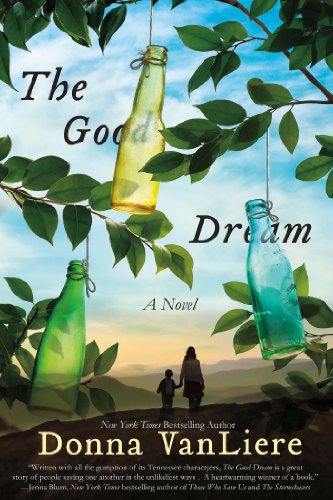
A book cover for The Good Dream; Donna VanLiere; Literature & Fiction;